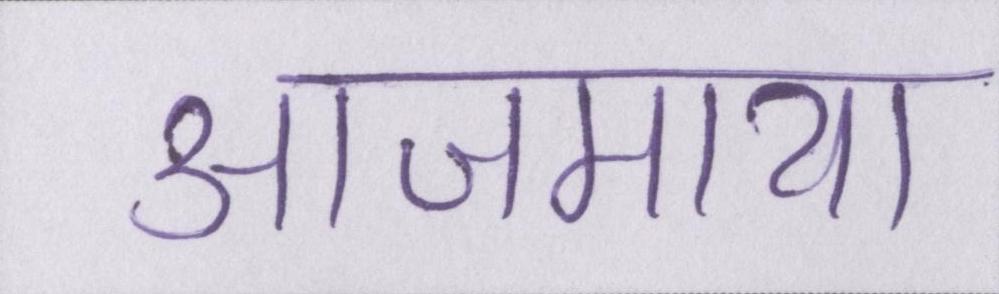
आजमाया